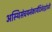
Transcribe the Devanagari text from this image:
अस्थिसंचयनंकार्यंदिनेतद्गोत्रजैः